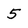
Character: 5